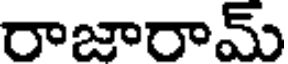
రాజారామ్